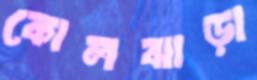
কোলঝাড়া